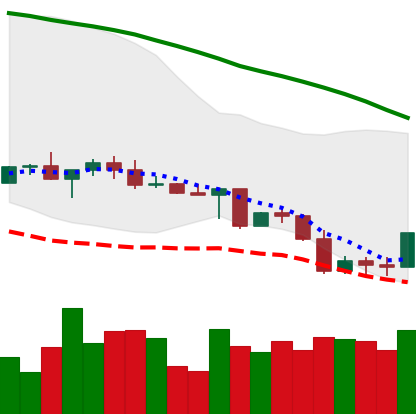
Ticker: LINK-USD
Chart end date: 2022-05-04
Forward return: -31.886%
Label: down_7plus